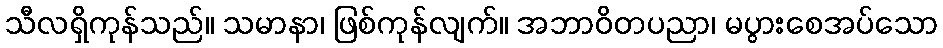
သီလရှိကုန်သည်။ သမာနာ၊ ဖြစ်ကုန်လျက်။ အဘာဝိတပညာ၊ မပွားစေအပ်သော